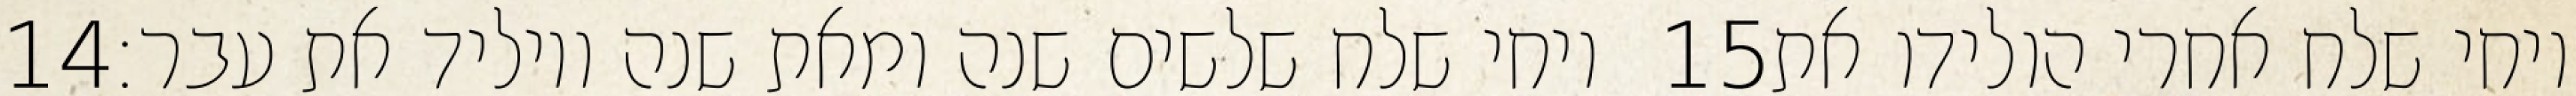
‎14‏ ויחי שלח שלשים שנה ומאת שנה ויוליד את עבר׃ ‎15‏ ויחי שלח אחרי הולידו את